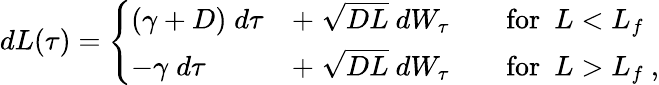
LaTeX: \begin{array}{r}{dL(\tau)=\left\{ \begin{array}{ll}{\left(\gamma+D\right)\; d\tau}&{+\; \sqrt{DL}\ dW_{\tau}\qquad\mathrm{for}\ \ L<L_{f}}\\ {-\gamma\; d\tau}&{+\; \sqrt{DL}\ dW_{\tau}\qquad\mathrm{for}\ \ L>L_{f}\ ,}\end{array}\right.}\end{array}